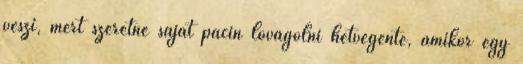
veszi, mert szeretne saját pacin lovagolni hétvégente, amikor egy